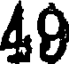
49